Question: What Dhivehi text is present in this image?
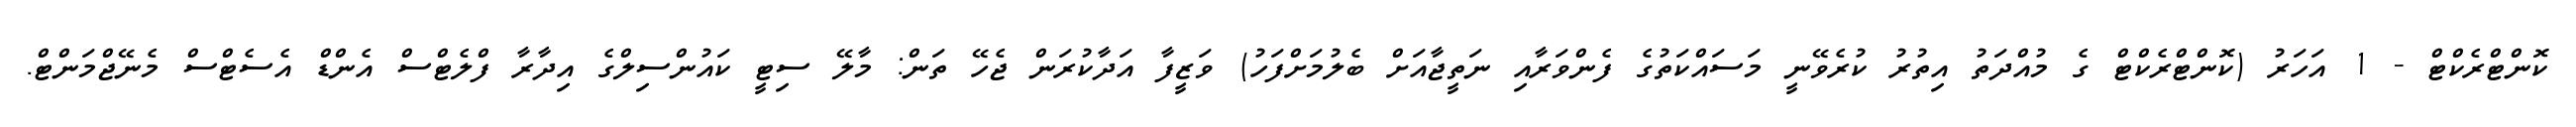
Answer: ކޮންޓްރެކްޓް - 1 އަހަރު (ކޮންޓްރެކްޓް ގެ މުއްދަތު އިތުރު ކުރެވޭނީ މަސައްކަތުގެ ފެންވަރާއި ނަތީޖާއަށް ބެލުމަށްފަހު) ވަޒީފާ އަދާކުރަން ޖެހޭ ތަން: މާލޭ ސިޓީ ކައުންސިލްގެ އިދާރާ ފްލެޓްސް އެންޑް އެސެޓްސް މެނޭޖްމަންޓް.